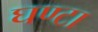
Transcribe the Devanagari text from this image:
घण्‍टा